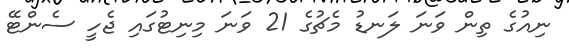
ނިއުގެ ތިން ވަނަ ލަނޑު މެޗުގެ 21 ވަނަ މިނިޓުގައި ޖެހީ ސެންޓޭ